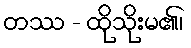
တဿ - ထိုသိုးမ၏၊